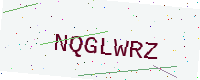
Text: NQGLWRZ